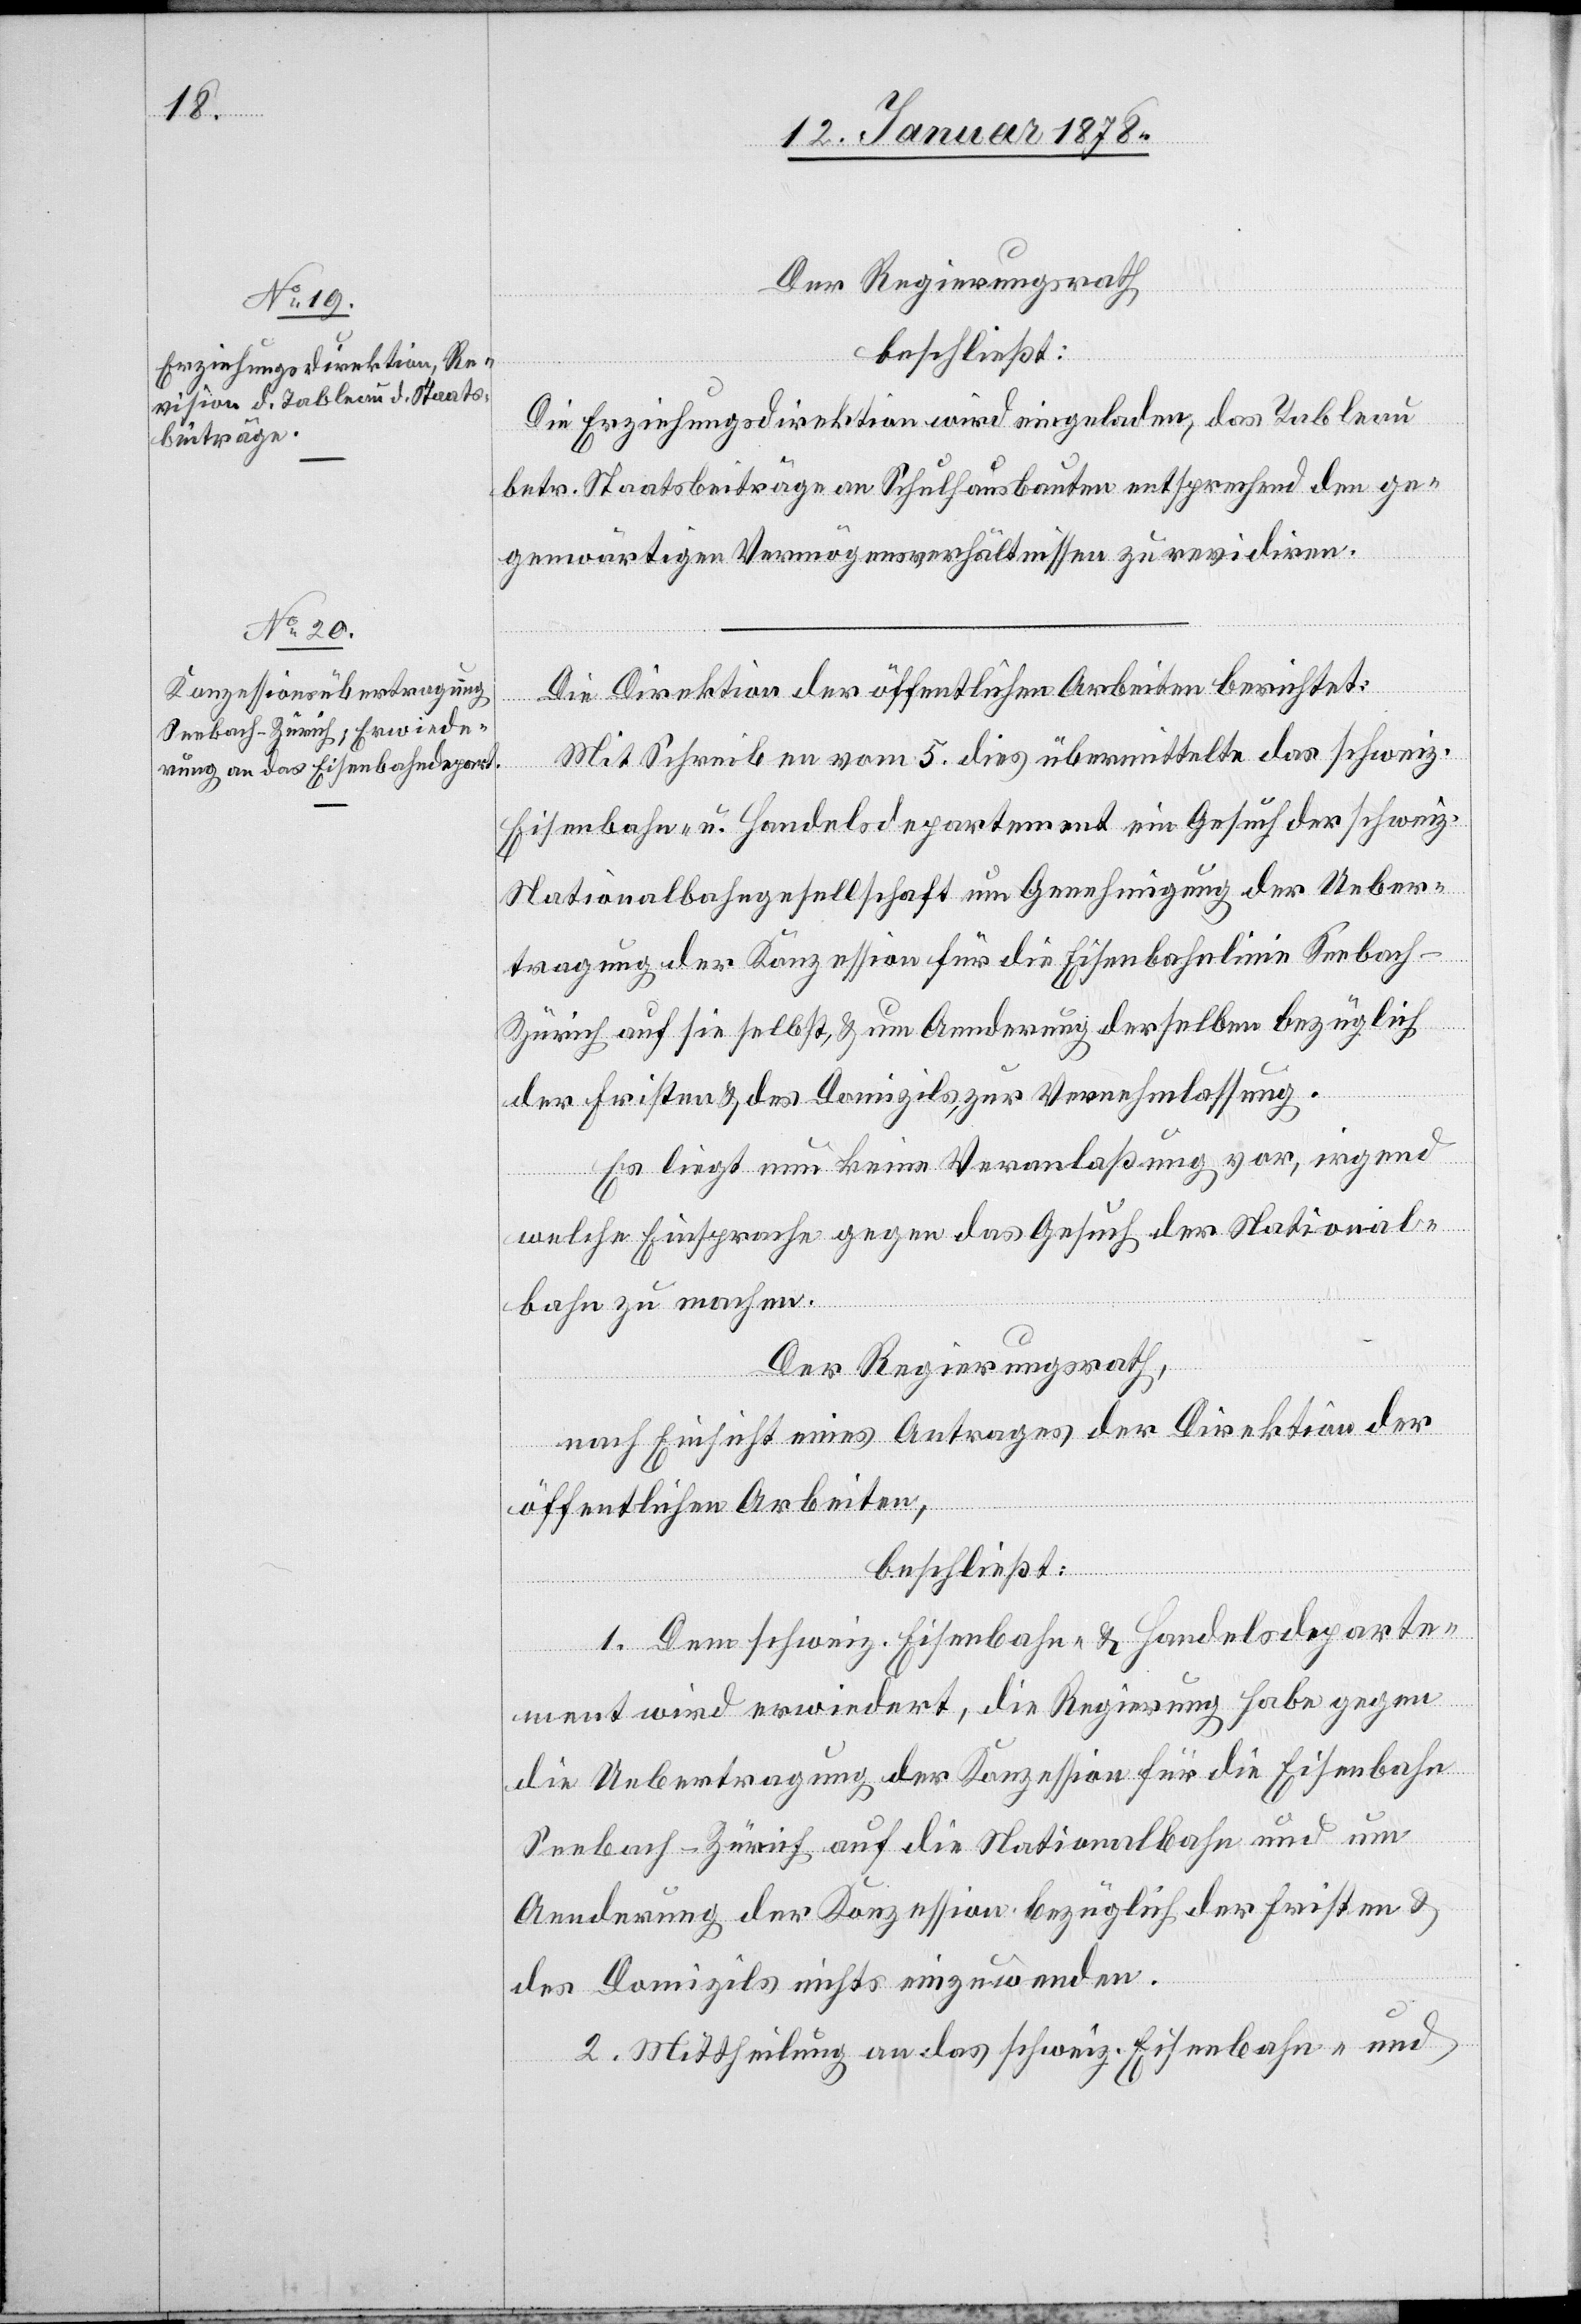
Der Regierungsrath,
beschließt:
Die Erziehungsdirektion wird eingeladen, das Tableau
betr. Staatsbeiträge an Schulhausbauten entsprechend den ge¬
genwärtigen Vermögensverhältnissen zu revidiren.
Die Direktion der öffentlichen Arbeiten berichtet:
Mit Schreiben vom 5 dies übermittelte das schweiz.
Eisenbahn- u. Handelsdepartement ein Gesuch der schweiz.
Nationalbahngesellschaft um Genehmigung der Ueber¬
tragung der Konzession für die Eisenbahnlinie Seebach–Z¬
ürich auf sie selbst, & um Aenderung derselben bezüglich
der Fristen & des Domizils, zur Vernehmlassung.
Es liegt nun keine Veranlaßung vor, irgend
welche Einsprache gegen das Gesuch der National¬
bahn zu machen.
Der Regierungsrath,
nach Einsicht eines Antrages der Direktion der
öffentlichen Arbeiten,
beschließt:
1. Dem schweiz. Eisenbahn- & Handelsdeparte¬
ment wird erwiedert, die Regierung habe gegen
die Uebertragung der Konzession für die Eisenbahn
Seebach–Zürich auf die Nationalbahn und um
Aenderung der Konzession bezüglich der Fristen &
des Domizils nichts einzuwenden.
2. Mittheilung an das schweiz. Eisenbahn- und